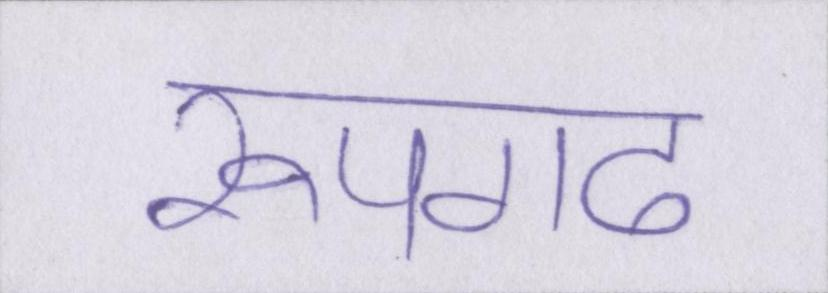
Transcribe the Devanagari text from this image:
रूपगढ